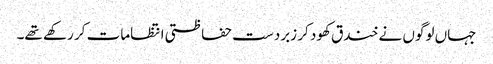
جہاں لوگوں نے خندق کھود کر زبردست حفاظتی انتظامات کر رکھے تھے۔